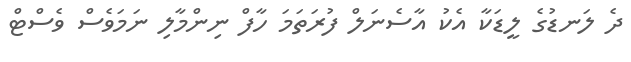
ދެ ލަނޑުގެ ލީޑަކާ އެކު އާސެނަލް ފުރަތަމަ ހާފް ނިންމާލި ނަމަވެސް ވެސްޓް